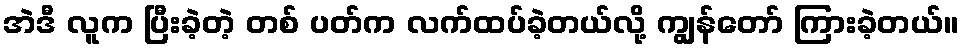
အဲဒီ လူက ပြီးခဲ့တဲ့ တစ် ပတ်က လက်ထပ်ခဲ့တယ်လို့ ကျွန်တော် ကြားခဲ့တယ်။